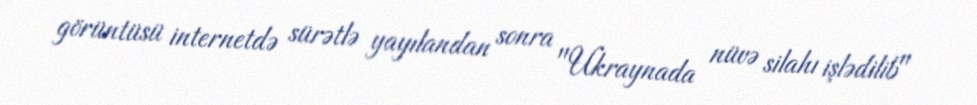
görüntüsü internetdə sürətlə yayılandan sonra "Ukraynada nüvə silahı işlədilib"